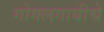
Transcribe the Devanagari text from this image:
गोगलगायीचे